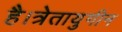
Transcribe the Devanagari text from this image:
है।त्रेतायुगीन